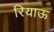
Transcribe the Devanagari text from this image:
रियाऊ